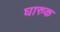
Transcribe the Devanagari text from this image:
घारुक